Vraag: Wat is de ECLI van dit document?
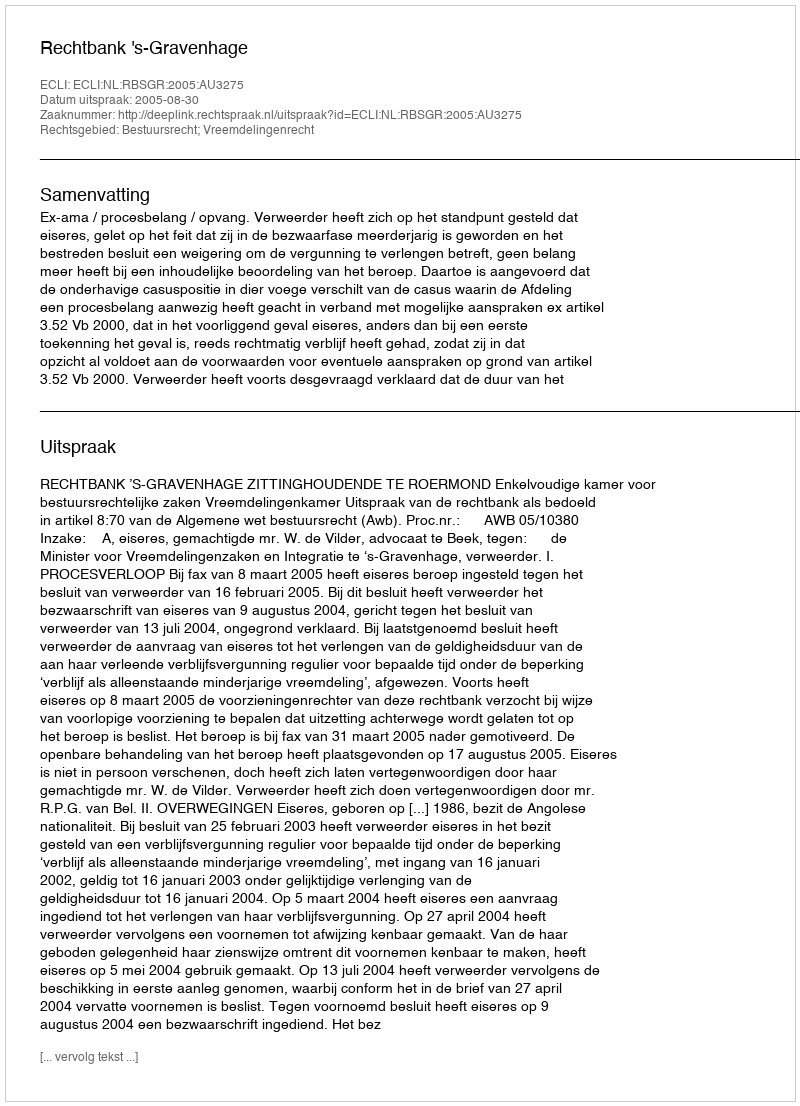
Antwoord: ECLI:NL:RBSGR:2005:AU3275